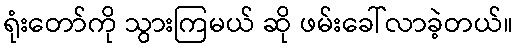
ရုံးတော်ကို သွားကြမယ် ဆို ဖမ်းခေါ်လာခဲ့တယ်။